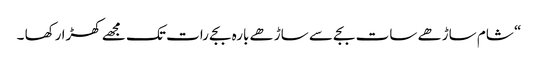
“ شام ساڑھے سات بجے سے ساڑھے بارہ بجے رات تک مجھے کھڑا رکھا ۔